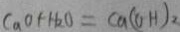
C a O + H _ { 2 } O = C a ( O H ) _ { 2 }